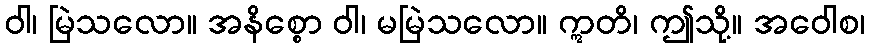
ဝါ၊ မြဲသလော။ အနိစ္စော ဝါ၊ မမြဲသလော။ ဣတိ၊ ဤသို့။ အဝေါစ၊